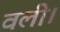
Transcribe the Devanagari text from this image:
वली।